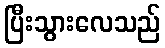
ပြီးသွားလေသည်